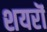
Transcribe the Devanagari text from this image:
शयरॊं